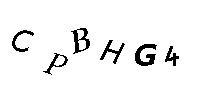
CPBHG4